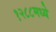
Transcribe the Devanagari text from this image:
१२८८मध्ये